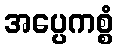
အပ္ပေကစ္စံ